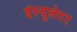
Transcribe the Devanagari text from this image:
इंस्यूलेटर